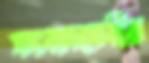
সংবাদসেবীর